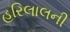
હરિલાલની